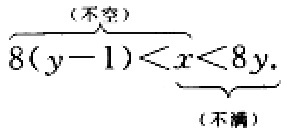
\[\underbrace{8(y - 1) < x}_{(不空)}<\underbrace{< 8y}_{(不满)}\]